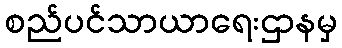
စည်ပင်သာယာရေးဌာနမှ